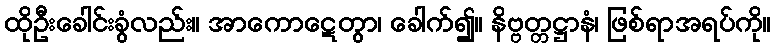
ထိုဦးခေါင်းခွံလည်း။ အာကောဋေတွာ၊ ခေါက်၍။ နိဗ္ဗတ္တဋ္ဌာနံ၊ ဖြစ်ရာအရပ်ကို။